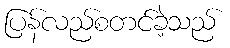
ပြန်လည်စတင်ခဲ့သည်